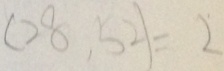
( 2 8 , 5 2 ) = 2